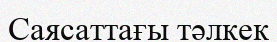
Саясаттағы тәлкек